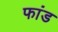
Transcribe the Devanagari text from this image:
फांड